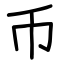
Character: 币